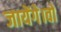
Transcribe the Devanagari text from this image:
जायेंगे।वो